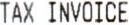
TAX INVOICE